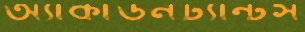
অ্যাকাউনট্যান্টস